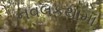
નવલકથામા